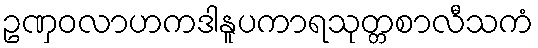
ဥဏှဝလာဟကဒါနူပကာရသုတ္တစာလီသကံ